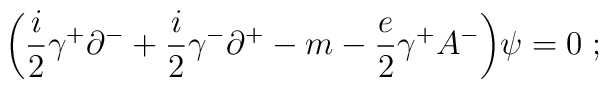
\biggl( {i \over 2} \gamma^+ \partial^- + {i \over 2} \gamma^-\partial^+ -m - {e \over 2} \gamma^+ A^- \biggr) \psi = 0 \;;